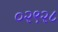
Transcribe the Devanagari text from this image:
०२९२८